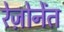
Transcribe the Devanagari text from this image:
रेज़ोनेंत